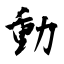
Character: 動